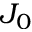
J _ { 0 }